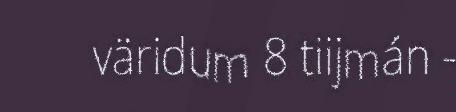
väridum 8 tiijmán -